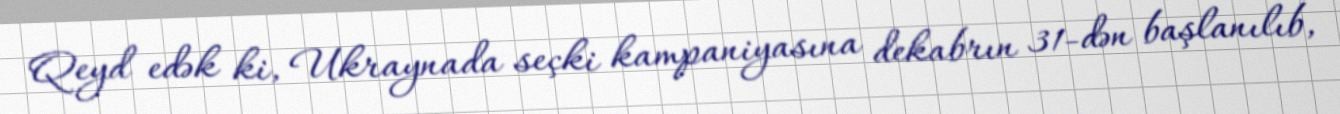
Qeyd edək ki, Ukraynada seçki kampaniyasına dekabrın 31-dən başlanılıb,